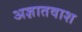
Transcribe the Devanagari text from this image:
अज्ञातवाश